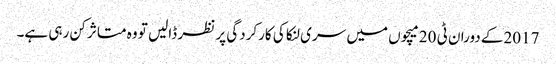
2017کے دوران ٹی 20 میچوں میں سری لنکا کی کارکردگی پر نظر ڈالیں تو وہ متاثر کن رہی ہے۔